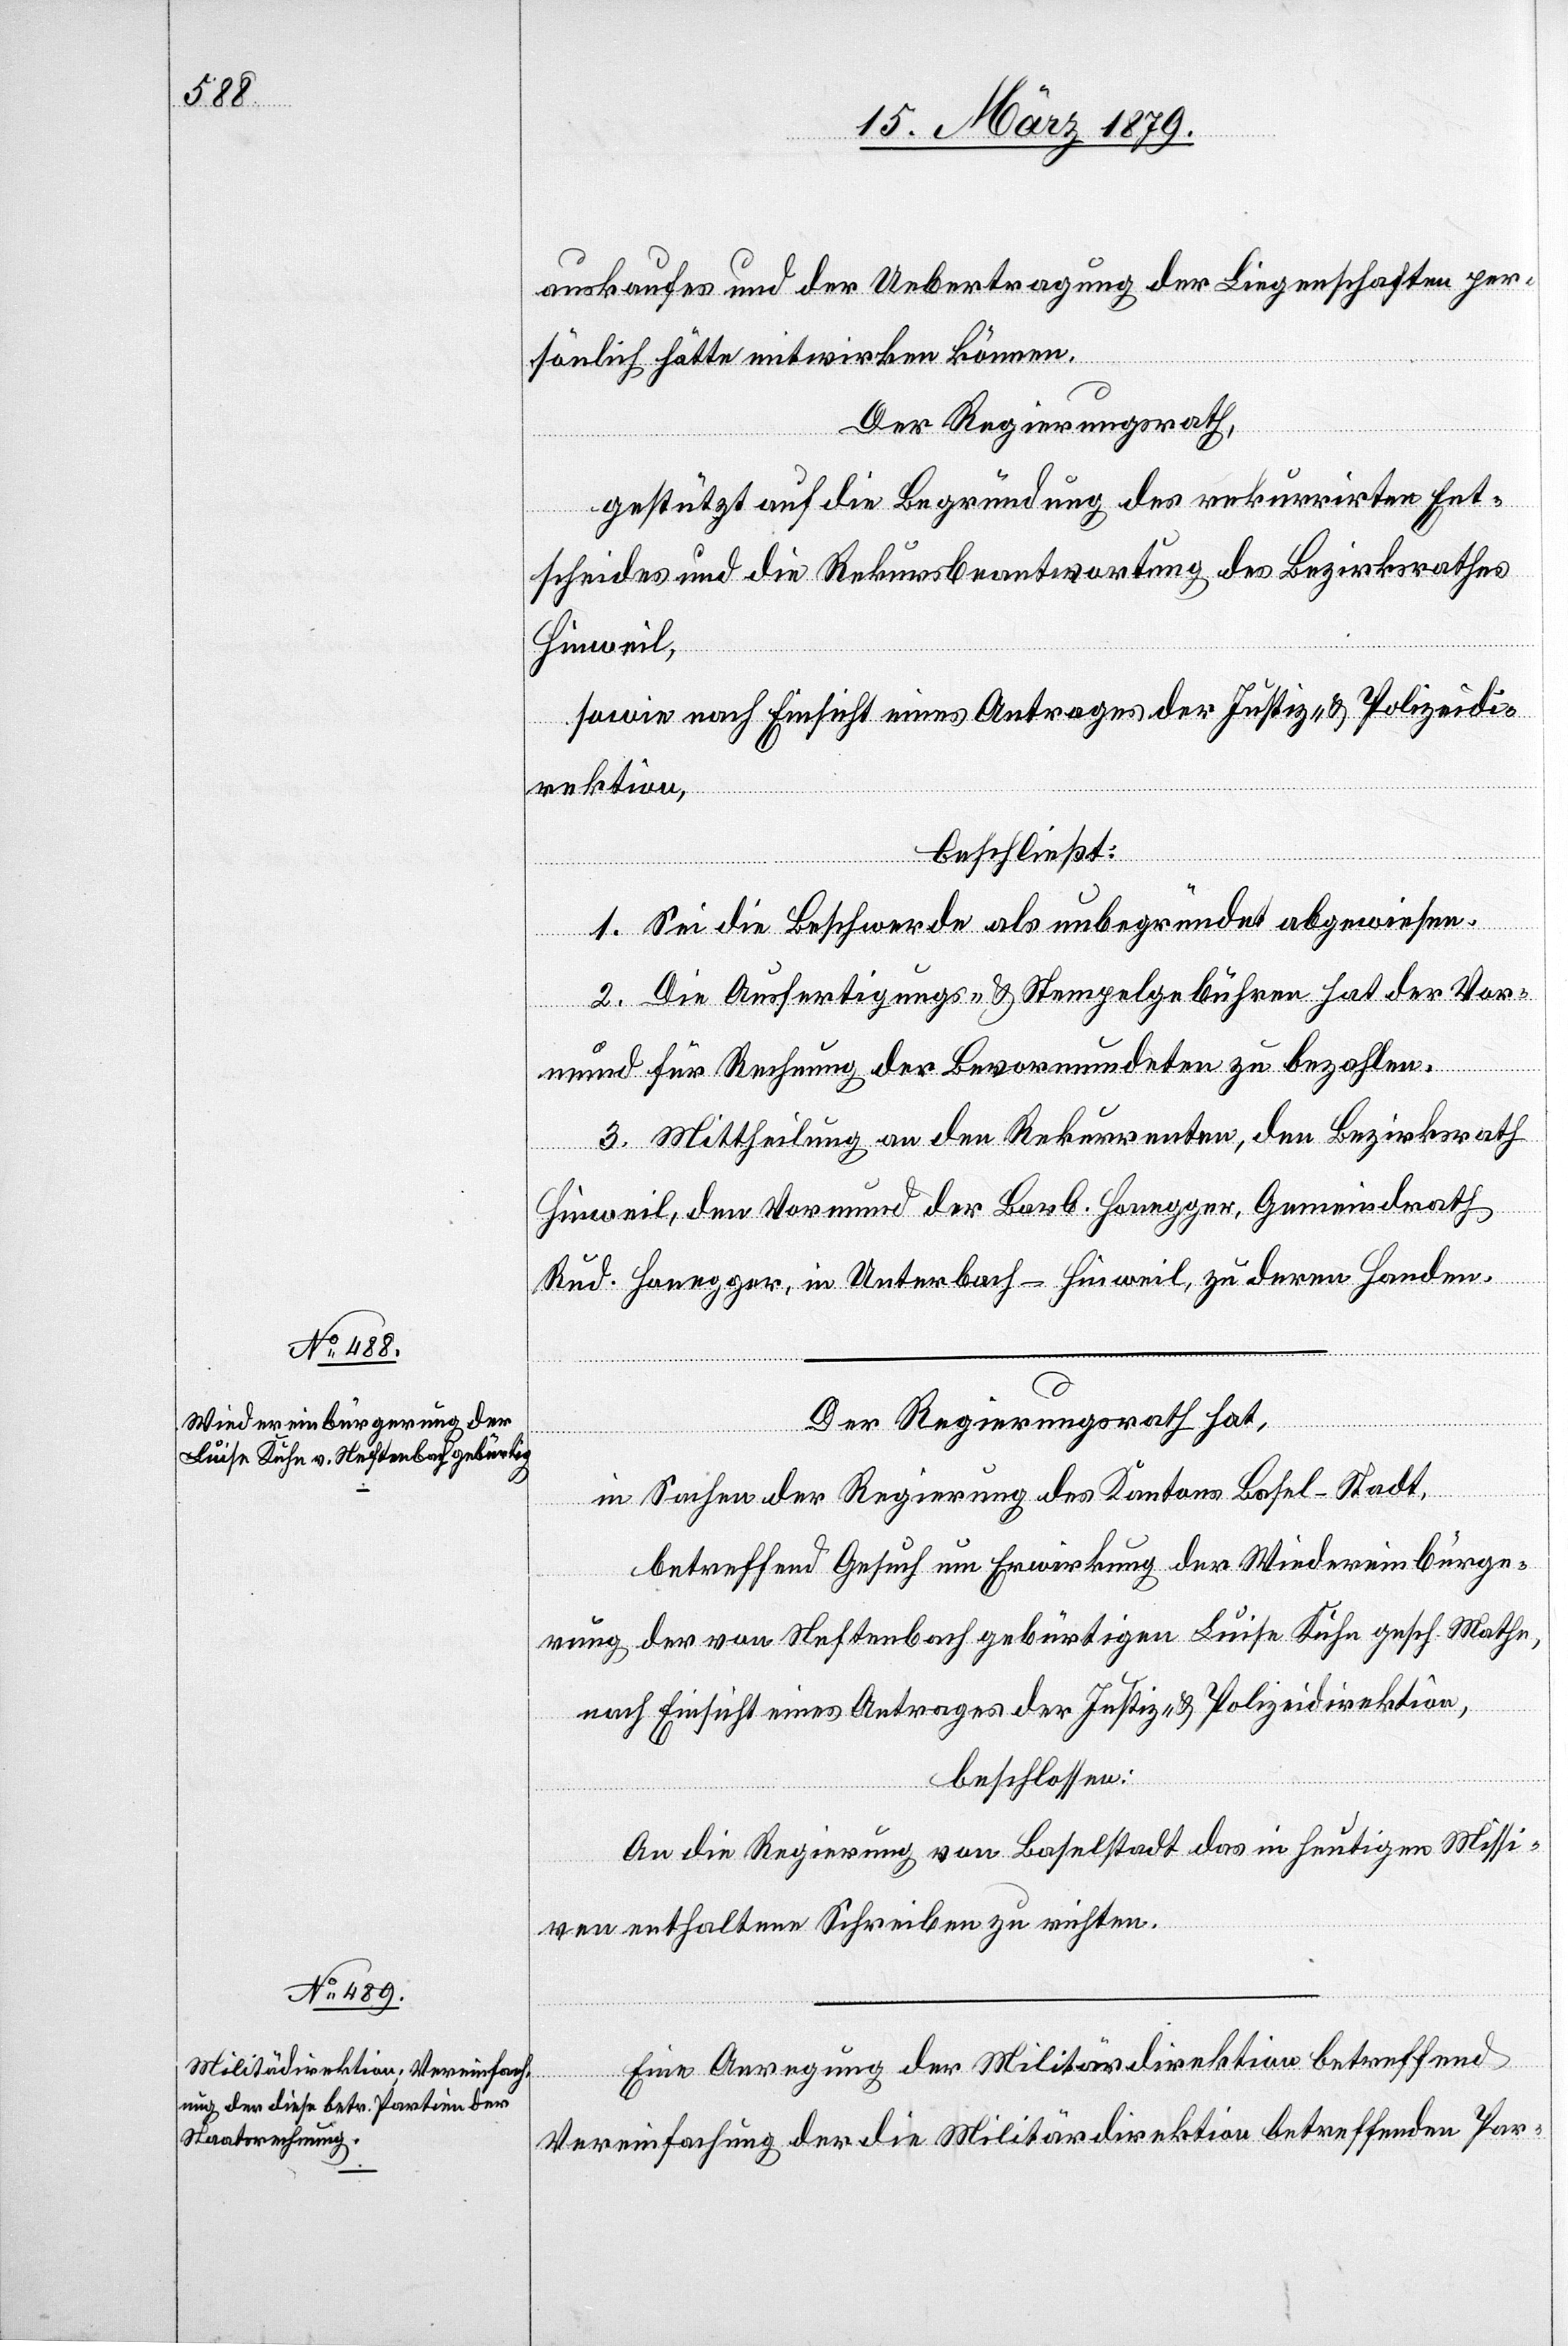
auskaufes und der Uebertragung der Liegenschaften per¬
sönlich hätte mitwirken können.
Der Regierungsrath,
gestützt auf die Begründung des rekurrirten Ent¬
scheides und die Rekursbeantwortung des Bezirksrathes
Hinweil,
sowie nach Einsicht eines Antrages der Justiz- & Polizeidi¬
rektion,
beschließt:
1. Sei die Beschwerde als unbegründet abgewiesen.
2. Die Ausfertigungs- & Stempelgebühren hat der Vor¬
mund für Rechnung der Bevormundeten zu bezahlen.
3. Mittheilung an den Rekurrenten, den Bezirksrath
Hinweil, den Vormund der Barb. Honegger, Gemeindrath
Rud. Honegger, in Unterbach - Hinweil, zu deren Handen.
Der Regierungsrath hat,
in Sachen der Regierung des Kantons Basel-Stadt,
betreffend Gesuch um Erwirkung der Wiedereinbürge¬
rung der von Neftenbach gebürtigen Luise Kuhn gesch. Mathe,
nach Einsicht eines Antrages der Justiz- & Polizeidirektion,
beschlossen:
An die Regierung von Baselstadt das in heutigen Missi¬
ven enthaltene Schreiben zu richten.
Eine Anregung der Militärdirektion betreffend
Vereinfachung der die Militärdirektion betreffenden Par-